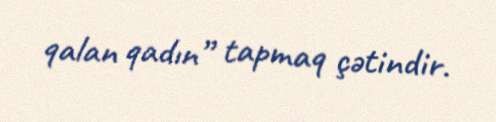
qalan qadın” tapmaq çətindir.